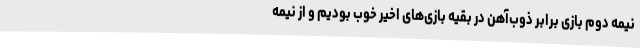
نیمه دوم بازی برابر ذوب‌آهن در بقیه بازی‌های اخیر خوب بودیم و از نیمه